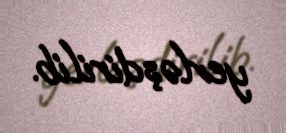
yerləşdirilib.